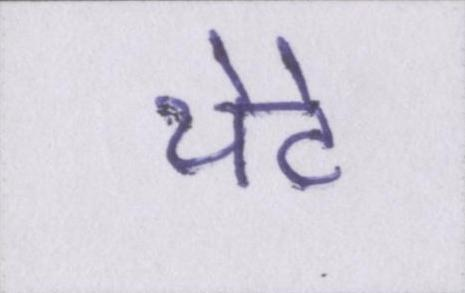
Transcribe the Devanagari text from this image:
थेटे